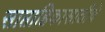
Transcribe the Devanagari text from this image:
साप्ताहिकासाठीचे